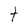
Character: t